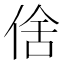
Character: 倽